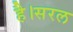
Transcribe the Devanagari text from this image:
है।सरल